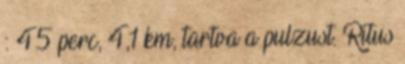
: 45 perc, 4,1 km, tartva a pulzust. Ritus